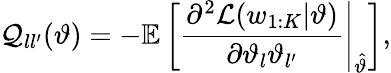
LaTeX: \mathcal{Q}_{ll^{\prime}}(\vartheta)=-\mathbb{E}\left[\frac{\partial^{2}\mathcal{L}(w_{1:K}|\vartheta)}{\partial\vartheta_{l}\vartheta_{l^{\prime}}}\Bigg|_{\hat{\vartheta}}\right],